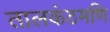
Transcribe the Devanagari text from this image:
तालकंठमणि